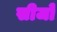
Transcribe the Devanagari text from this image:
सीजो